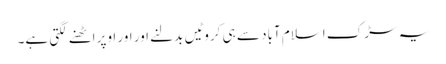
یہ سڑک اسلام آباد سے ہی کروٹیں بدلنے اور اور اوپر اٹھنے لگتی ہے۔